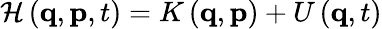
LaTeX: \mathcal{H}\left(\mathbf{q},\mathbf{p},t\right)=K\left(\mathbf{q},\mathbf{p}\right)+U\left(\mathbf{q},t\right)